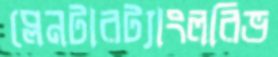
প্লেনটারট্যাংলরিভ